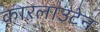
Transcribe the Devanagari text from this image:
कारलाउटेन